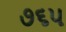
૭૬૫